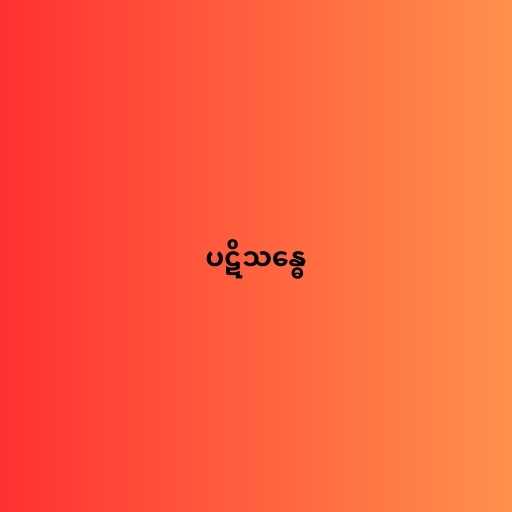
ပဋိသန္ဓေ